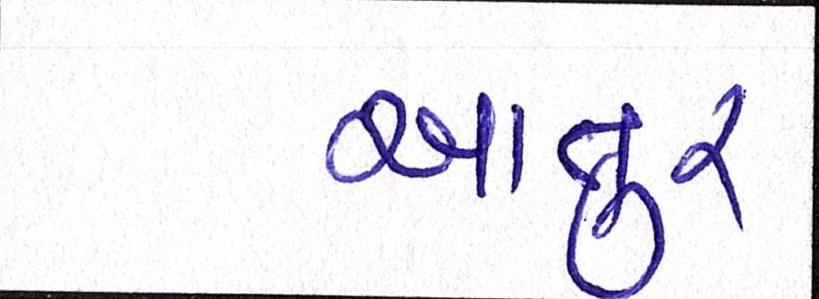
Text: આતુર